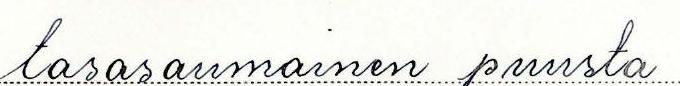
tasasaumainen puusta